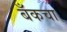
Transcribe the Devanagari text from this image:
बँकचा